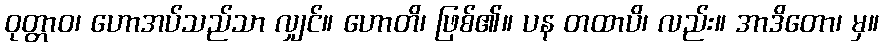
ဝုတ္တာဝ၊ ဟောအပ်သည်သာ လျှင်။ ဟောတိ၊ ဖြစ်၏။ ပန တထာပိ၊ လည်း။ အာဒိတော၊ မှ။